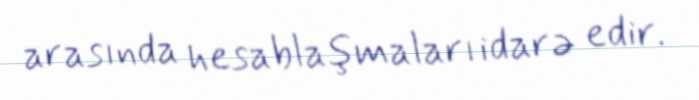
arasında hesablaşmaları idarə edir.